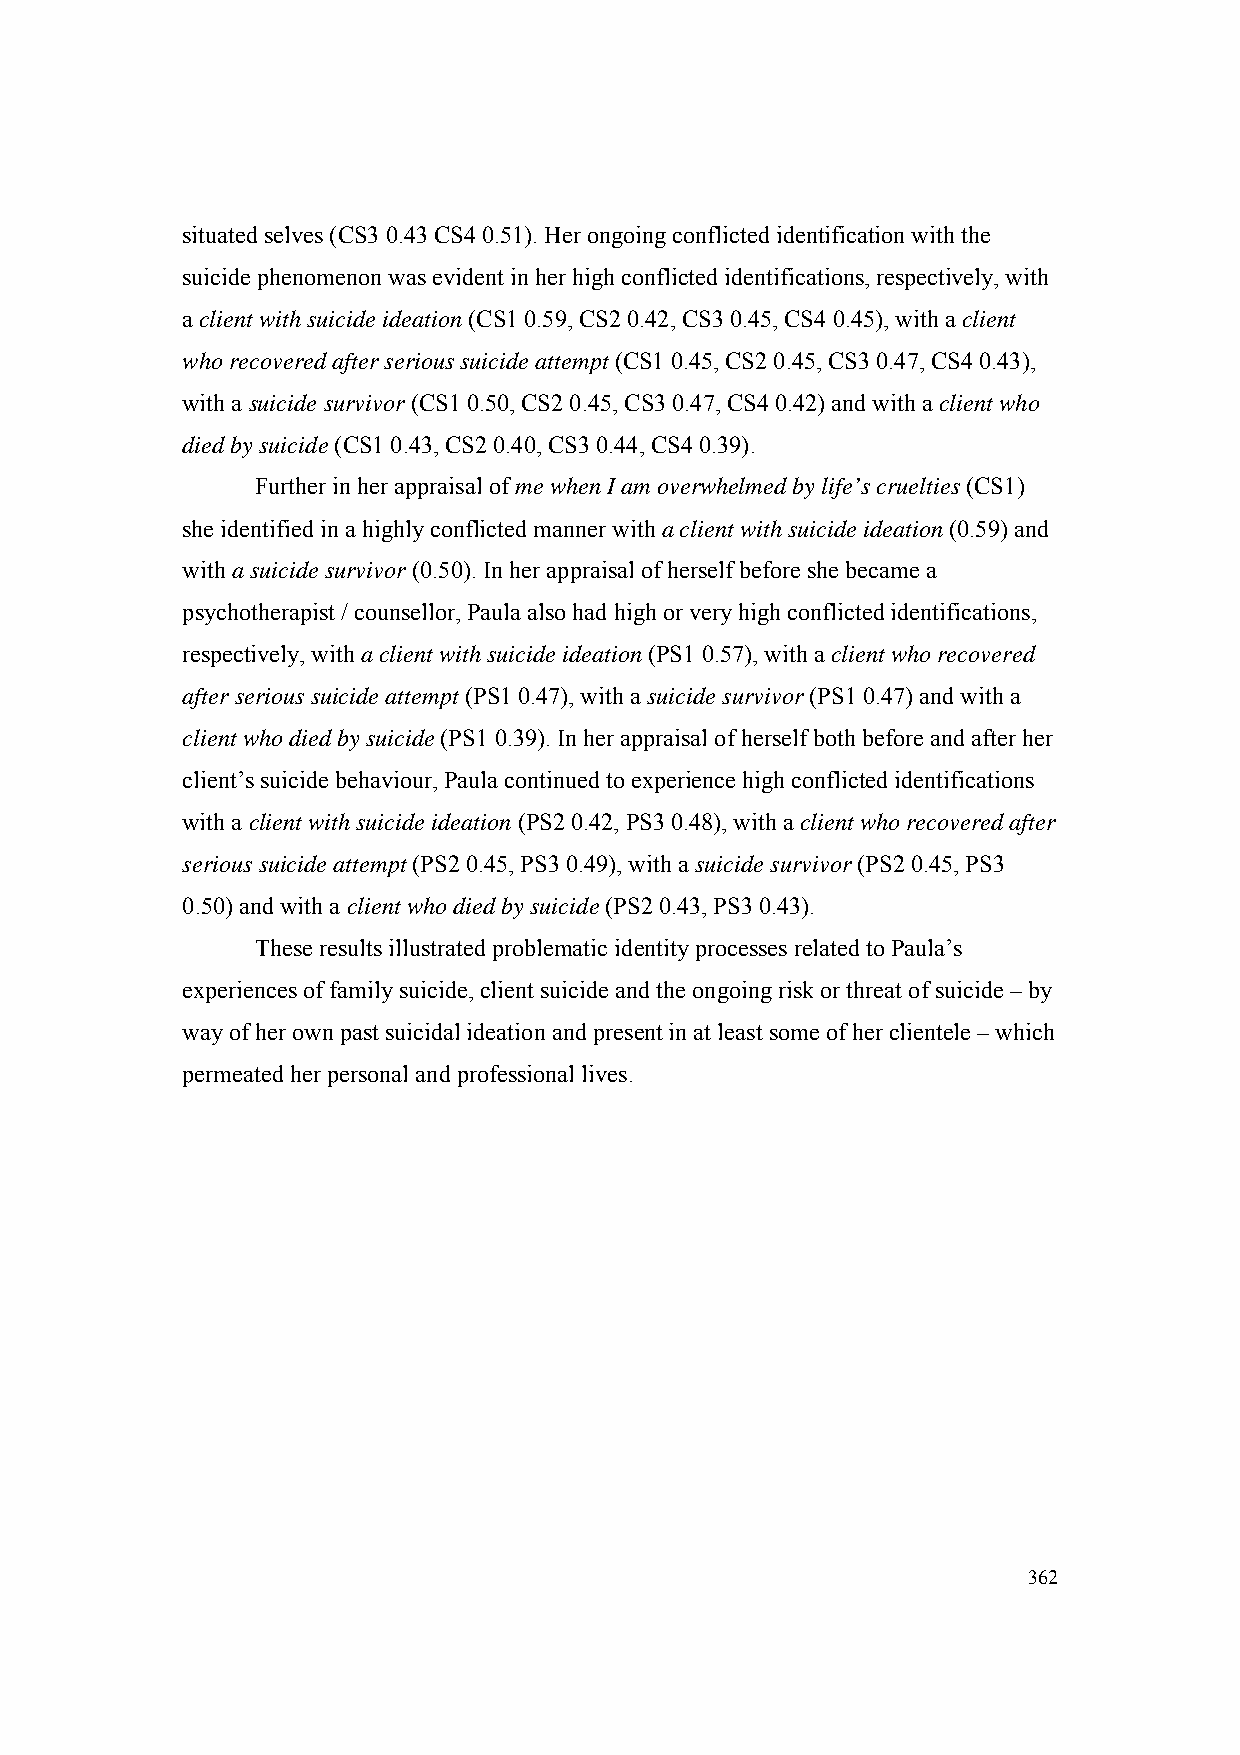
situated selves (CS3 0.43 CS4 0.51). Her ongoing conflicted identification with the
 suicide phenomenon was evident in her high conflicted identifications, respectively, with
 a client with suicide ideation (CS1 0.59, CS2 0.42, CS3 0.45, CS4 0.45), with a client
 who recovered after serious suicide attempt (CS1 0.45, CS2 0.45, CS3 0.47, CS4 0.43),
 with a suicide survivor (CS1 0.50, CS2 0.45, CS3 0.47, CS4 0.42) and with a client who
 died by suicide (CS1 0.43, CS2 0.40, CS3 0.44, CS4 0.39).
 Further in her appraisal of me when I am overwhelmed by life’s cruelties (CS1)
 she identified in a highly conflicted manner with a client with suicide ideation (0.59) and
 with a suicide survivor (0.50). In her appraisal of herself before she became a
 psychotherapist / counsellor, Paula also had high or very high conflicted identifications,
 respectively, with a client with suicide ideation (PS1 0.57), with a client who recovered
 after serious suicide attempt (PS1 0.47), with a suicide survivor (PS1 0.47) and with a
 client who died by suicide (PS1 0.39). In her appraisal of herself both before and after her
 client’s suicide behaviour, Paula continued to experience high conflicted identifications
 with a client with suicide ideation (PS2 0.42, PS3 0.48), with a client who recovered after
 serious suicide attempt (PS2 0.45, PS3 0.49), with a suicide survivor (PS2 0.45, PS3
 0.50) and with a client who died by suicide (PS2 0.43, PS3 0.43).
 These results illustrated problematic identity processes related to Paula’s
 experiences of family suicide, client suicide and the ongoing risk or threat of suicide – by
 way of her own past suicidal ideation and present in at least some of her clientele – which
 permeated her personal and professional lives.
 362